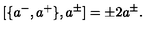
[ \{ a ^ { - } , a ^ { + } \} , a ^ { \pm } ] = \pm 2 a ^ { \pm } .